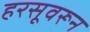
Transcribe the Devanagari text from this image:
हरसूवरून